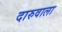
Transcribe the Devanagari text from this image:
दारुवाला